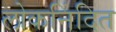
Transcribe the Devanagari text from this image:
लोकनिंदित